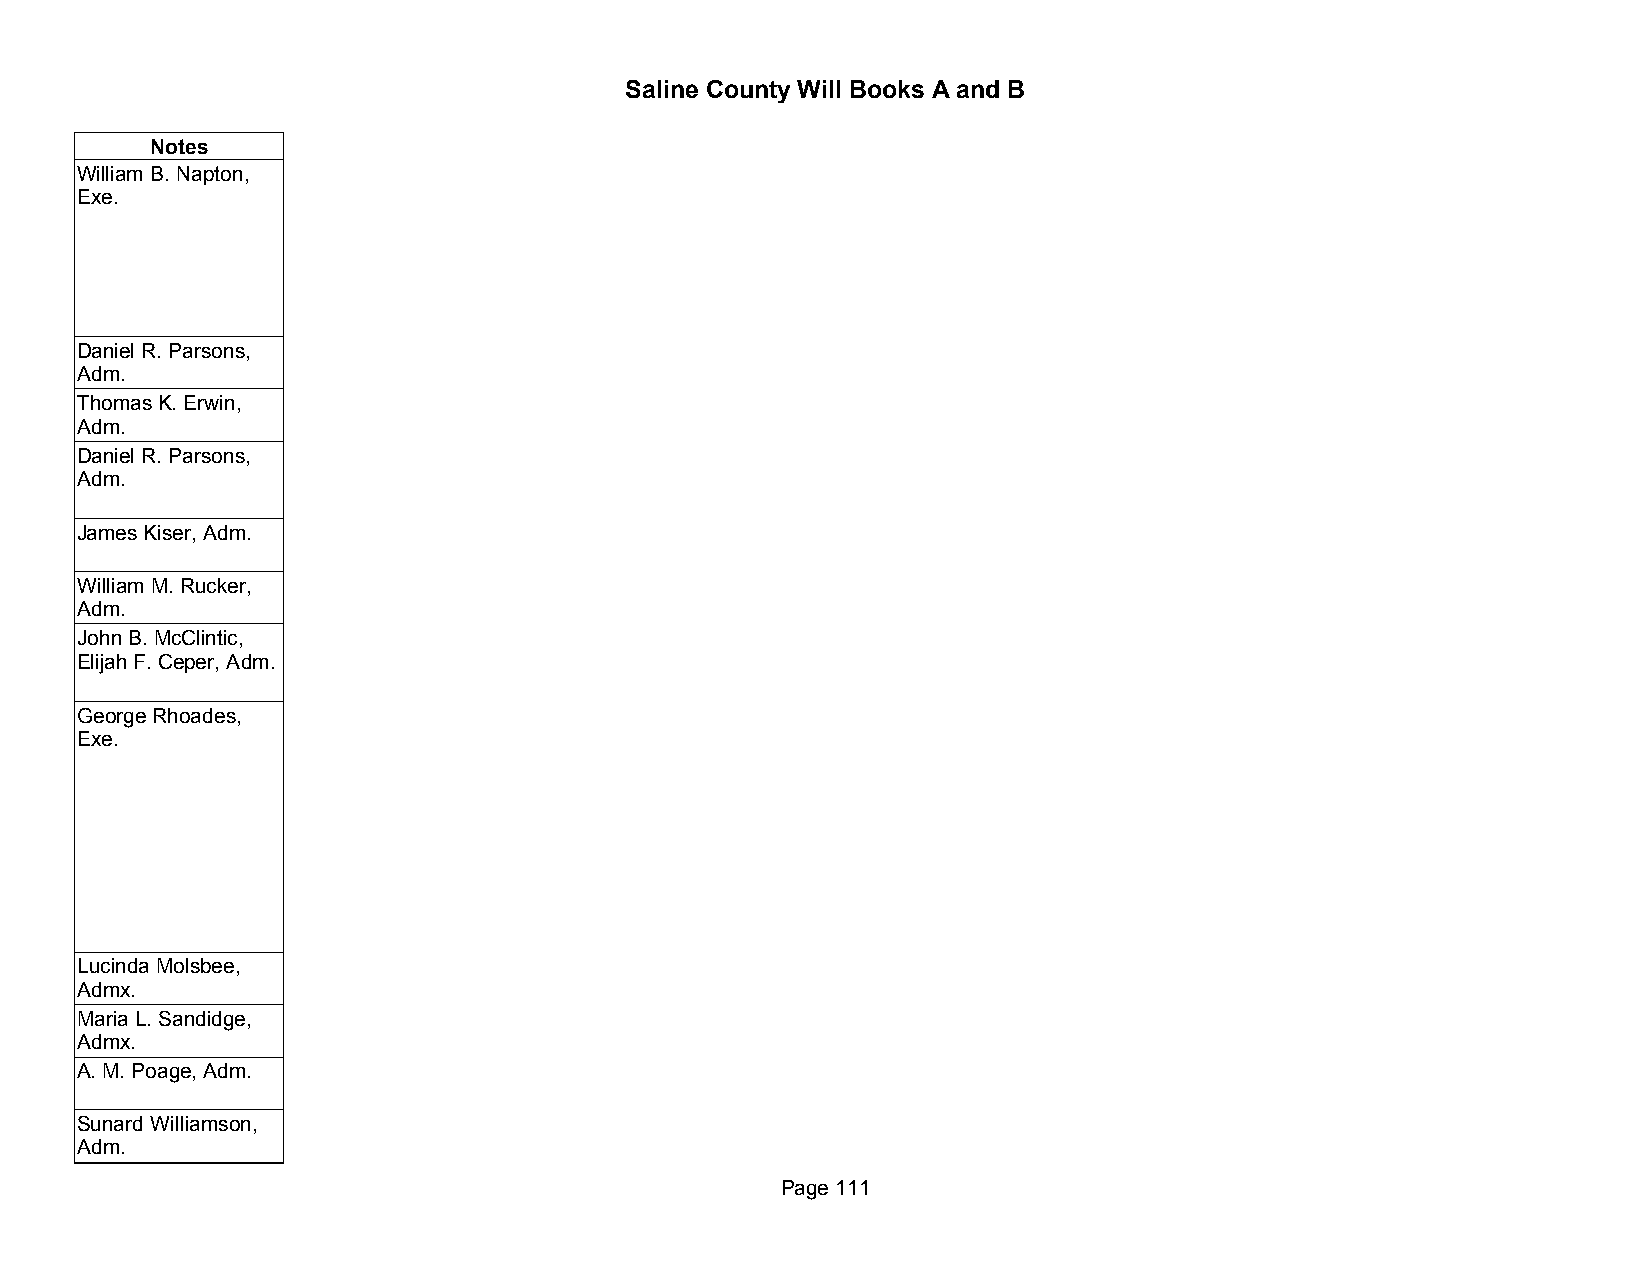
Saline County Will Books A and B
 Notes
 William B. Napton,
 Exe.
 Daniel R. Parsons,
 Adm.
 Thomas K. Erwin,
 Adm.
 Daniel R. Parsons,
 Adm.
 James Kiser, Adm.
 William M. Rucker,
 Adm.
 John B. McClintic,
 Elijah F. Ceper, Adm.
 George Rhoades,
 Exe.
 Lucinda Molsbee,
 Admx.
 Maria L. Sandidge,
 Admx.
 A. M. Poage, Adm.
 Sunard Williamson,
 Adm.
 Page 111